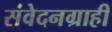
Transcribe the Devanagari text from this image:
संवेदनग्राही